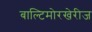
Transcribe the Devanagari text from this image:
बाल्टिमोरखेरीज